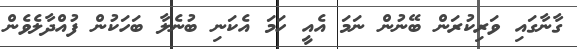
ގާނާގައި ވަރިކުރަން ބޭނުން ނަމަ އެއީ ހަމަ އެކަނި ބުނެލާ ބަހަކުން ފުއްދާލެވެން